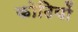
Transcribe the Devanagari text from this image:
कोढियों